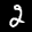
Label: 2